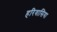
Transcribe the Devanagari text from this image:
हरिवासिया